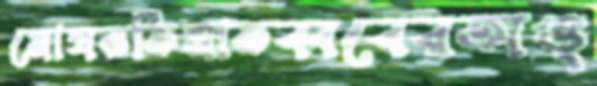
মোষভর্তিমাতব্ববেরঅঙ্